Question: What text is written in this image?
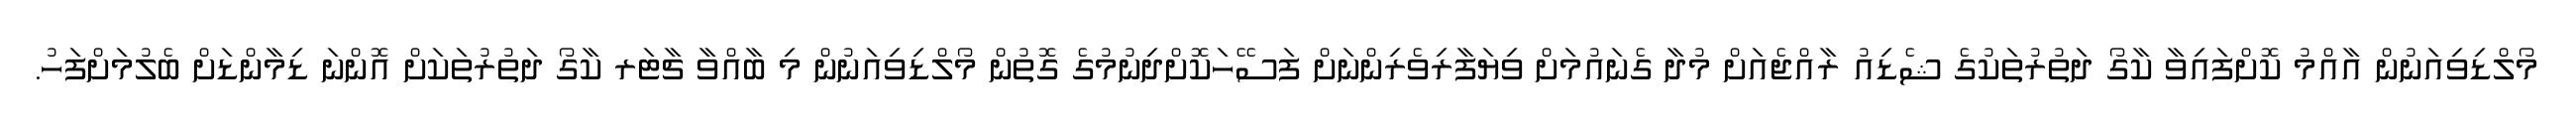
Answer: މޯލްޑިވިއަނުން އާއްމު ކޮށްފައިވާ ކާގޯ ދަތުރުތަކުގެ ޝެޑިއު ރާއްޖެއަށް މުދާ ގެނައުމަށް ވިޔަފާރިވެރިންނަށް ފަސޭހަކޮށްދިނުމުގެ ގޮތުން މޯލްޑިވިއަނުން މި ބާއްވާ ޗާޓަރ ކާގޯ ދަތުރުތަކަށް އޮންނަ ޑިމާންޑަށް ބެލުމަށްފަހު.